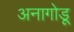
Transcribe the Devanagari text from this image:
अनागोडू